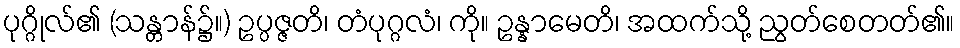
ပုဂ္ဂိုလ်၏ (သန္တာန်၌။) ဥပ္ပဇ္ဇတိ၊ တံပုဂ္ဂလံ၊ ကို။ ဥန္နာမေတိ၊ အထက်သို့ ညွတ်စေတတ်၏။